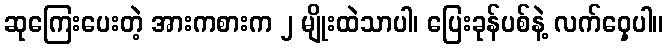
ဆုကြေးပေးတဲ့ အားကစားက ၂ မျိုးထဲသာပါ၊ ပြေးခုန်ပစ်နဲ့ လက်ဝှေ့ပါ။